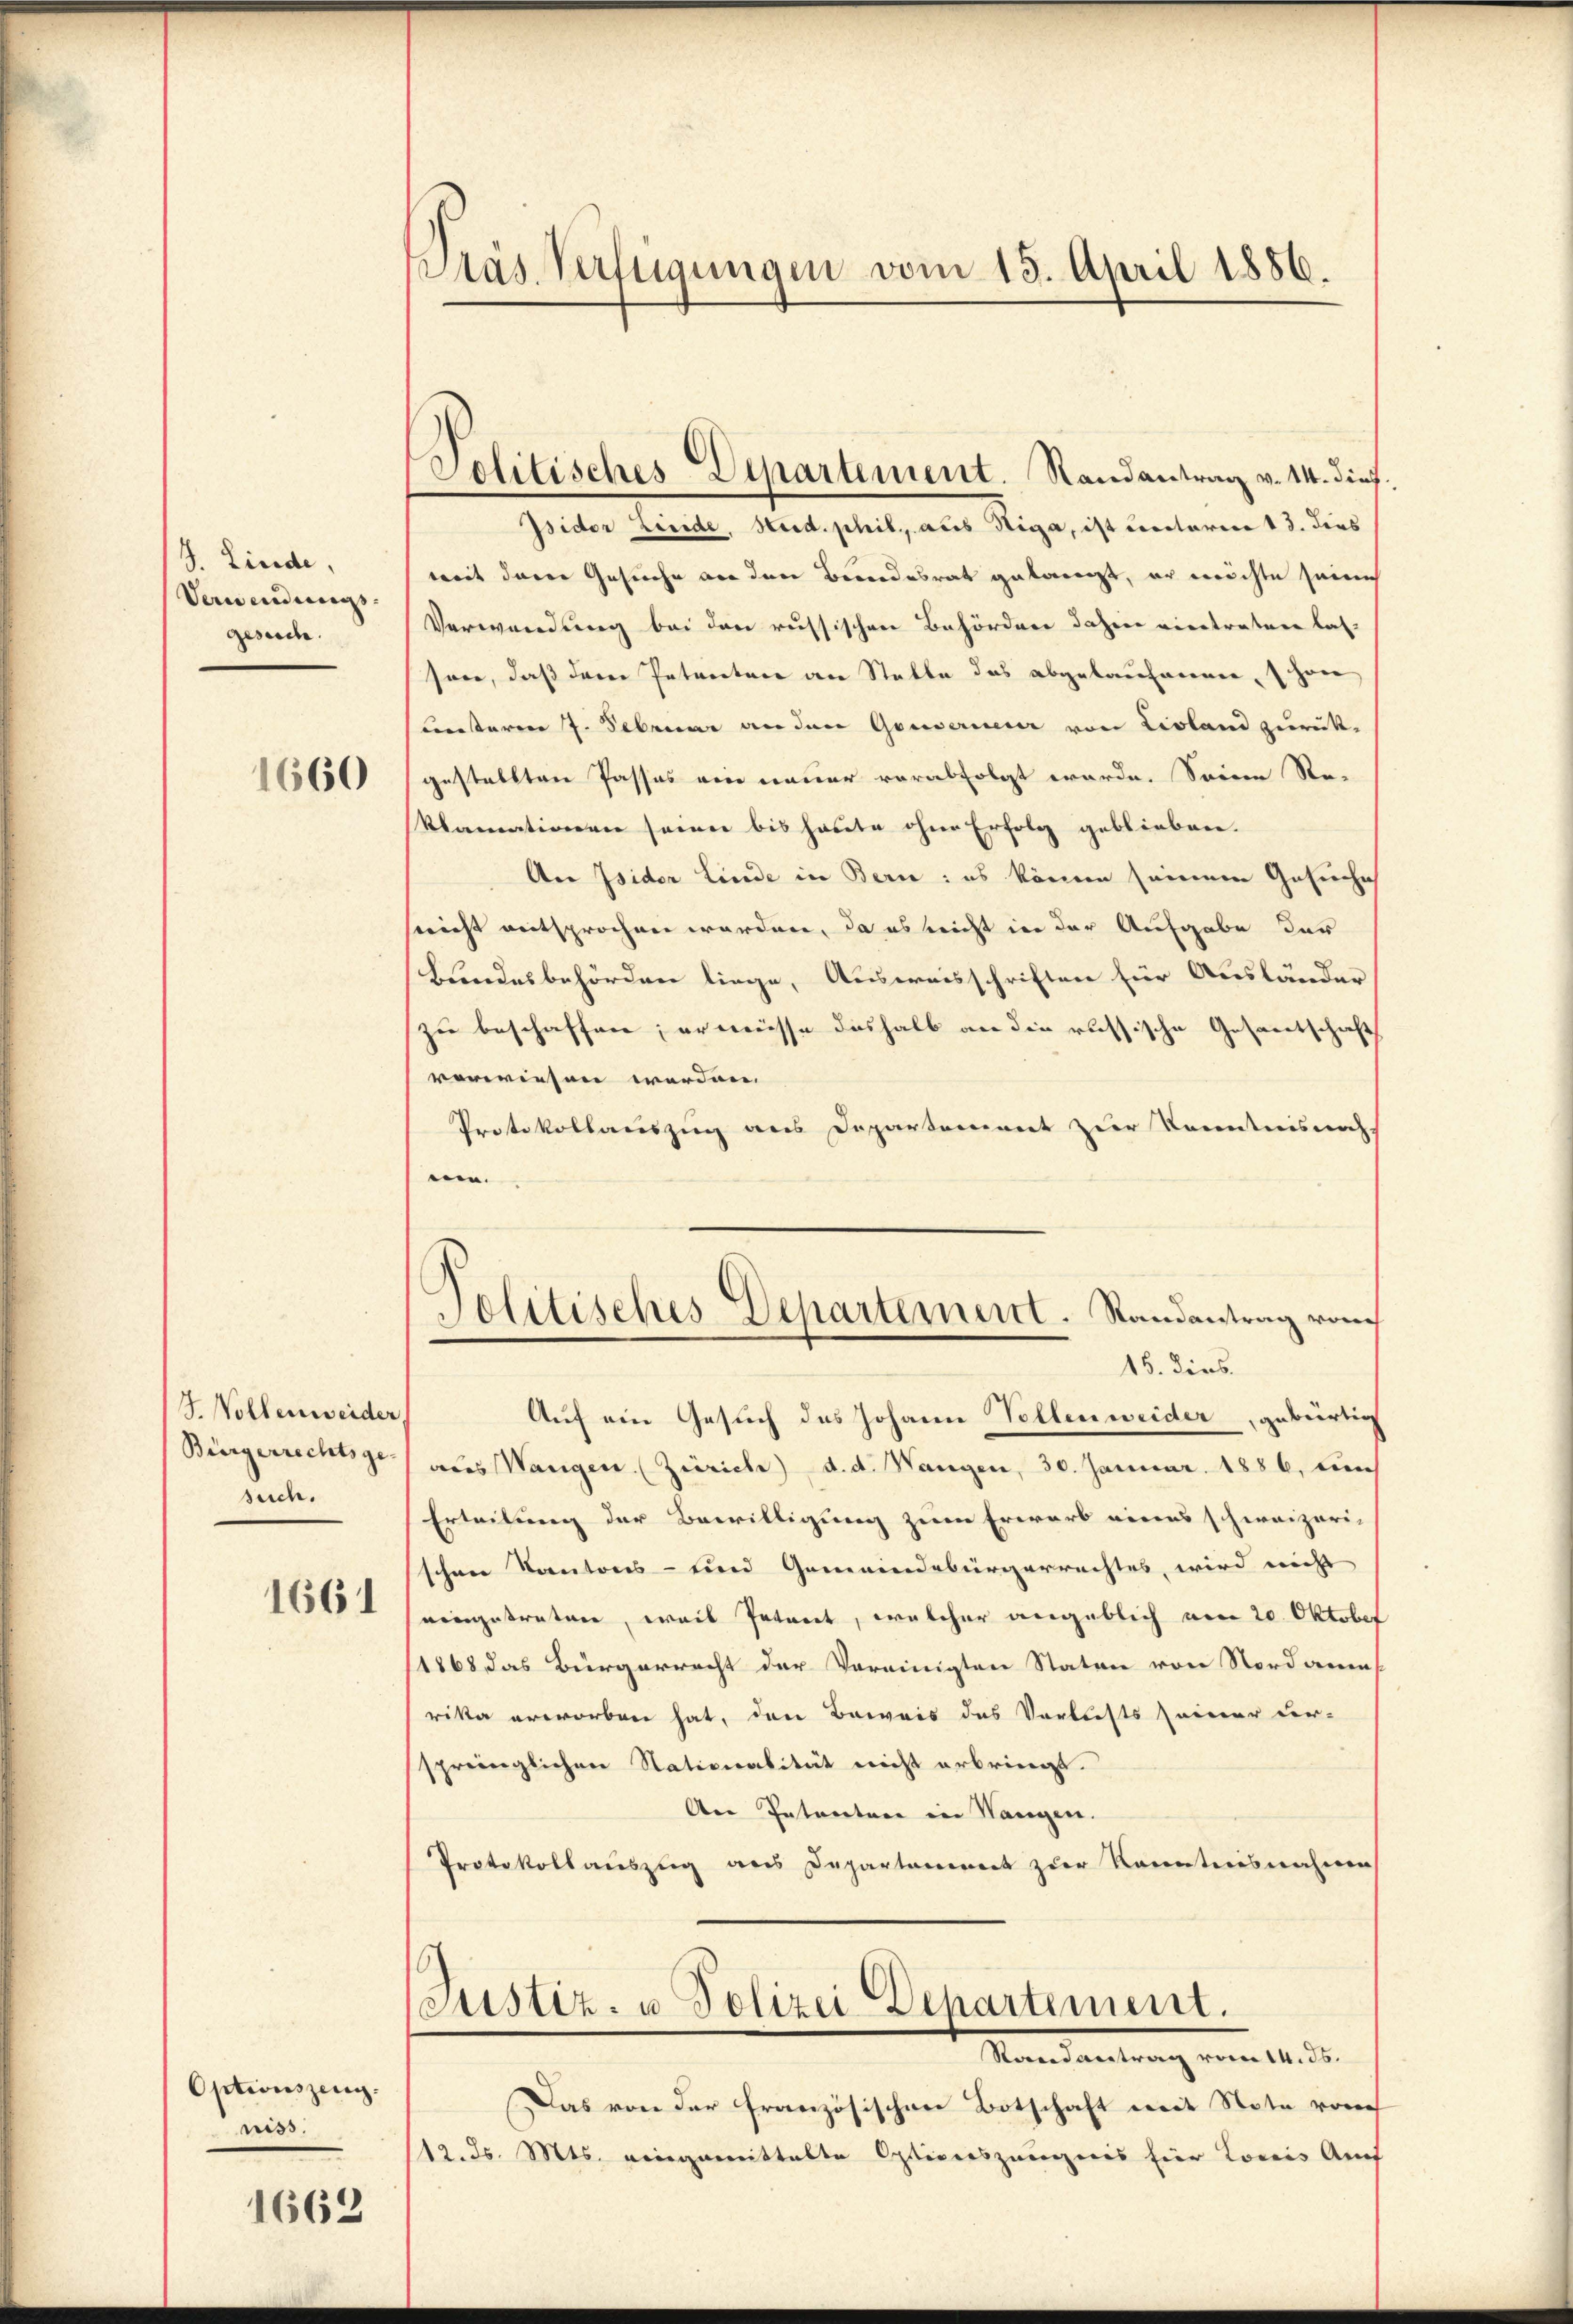
S. Linde,
Verwendungs- |
gesuche.

1660

G. Wollenweider
such.
1661

Optionszeug.
riss.

1662

Pras Verfügungen vom 13. April 1886.

Solitisches Departement. Randantrag v. 14. dief

Isidor Linde, Heid. phil., aus Higa, ist unterm 13. dies
mit dere Gesuche an den Bundesrat gelangt, er möchte seine
Verwendung bei den russischen Befördner dahier verstraten las-
son, daß der Petenten an Stalle das abgelaufenen, schon
unsterm 7. Februar an den Gouverneur von Livland zurück-
gestellten Passus ein neuer verabfolgt werde. Seinen Re-
klamationen seien bis heute ohne Erfolg geblieben.
An Isider Linde in Bern: es könne seinem Gesuche
sericht entsprochen worden, da es nicht in der Aufgabe der
Bundesbehörden liege, Ausweisschriften für Ausländer
zu beschaffen; er müsse deshalb an die russische Gesandtschaft
vorwiesen werden.
Protokollauszug aus Departement zur Kenntnisnah
een.
)
Jolitisches Departement. Randantrag vom
15. dies.
Auf ein Gesuch des Johann Vollenweider, gebürtig
Bürgerrechtsge) aus Wangen. (Zürich) d. d. Wangen, 30. Januar 1886, un
Erteilung der Bewilligung zum Erwarb eines schweizeri-
schen Kantons- und Gemeindebürgerrechtes, wird nicht
ningetraten, weis Interet, welcher angeblich vom 20. Oktober
1868 das Bürgerrecht der Vereinigten Staten von Nordament
rika erworben hat, den Beweis des Verlusts seiner ur-
springlichen Nationalität nicht erbringt.
Aer Intertare in Hangen.
Protokollauszug aus Departament zur Kenntnisnahmen
Justiz- u. Polizei Departement.
Mandantung vom 14. d.
Das von der französischen Botschaft mit Note von
12. d. Mts. eingemittalte Ostiverszeugnis für Loris Auf